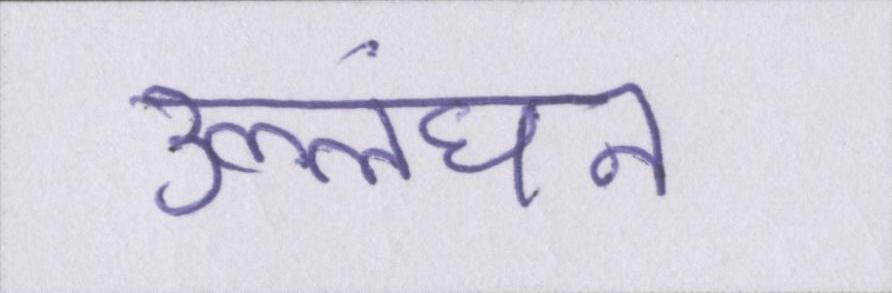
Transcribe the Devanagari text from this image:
उल्लंघन